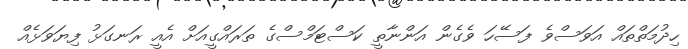
ހިދުމަތްތައް އަވަސްވެ ފަސޭހަ ވެގެން އަންނާތީ ކަސްޓަމްސްގެ ތަރައްގީއަށް އެއީ ރަނގަޅު ފިޔަވަޅެއް